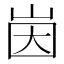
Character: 𱛤